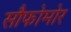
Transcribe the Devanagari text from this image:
सौफोमोर